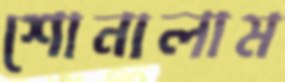
শোনালাম